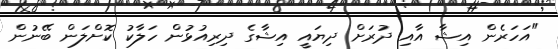
"އަހަރެން އިޝާ އާއި ދުރަށް ދިޔައީ އިޝާގެ ދިރިއުޅުން ހަލާކު ކޮށްލަން ބޭނުން